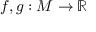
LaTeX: f , g : M \to \mathbb { R }